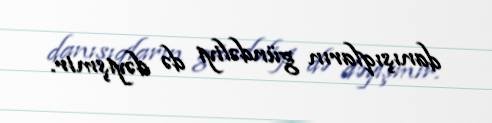
danışıqların gündəliyi də dəyişmir.